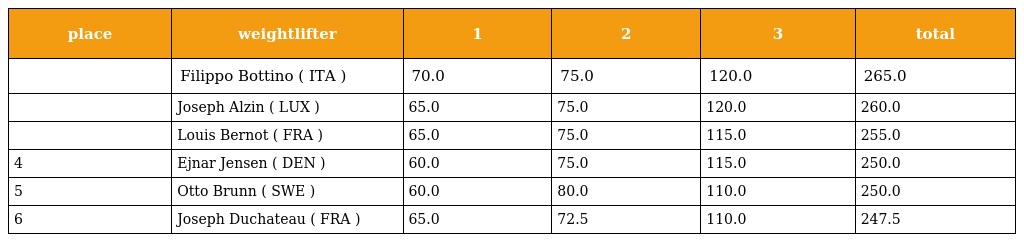
| place | weightlifter | 1 | 2 | 3 | total |
 | --- | --- | --- | --- | --- | --- |
 |  | Filippo Bottino ( ITA ) | 70.0 | 75.0 | 120.0 | 265.0 |
 |  | Joseph Alzin ( LUX ) | 65.0 | 75.0 | 120.0 | 260.0 |
 |  | Louis Bernot ( FRA ) | 65.0 | 75.0 | 115.0 | 255.0 |
 | 4 | Ejnar Jensen ( DEN ) | 60.0 | 75.0 | 115.0 | 250.0 |
 | 5 | Otto Brunn ( SWE ) | 60.0 | 80.0 | 110.0 | 250.0 |
 | 6 | Joseph Duchateau ( FRA ) | 65.0 | 72.5 | 110.0 | 247.5 |